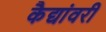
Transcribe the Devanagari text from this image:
कैद्यांवरी